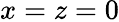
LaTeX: x=z=0